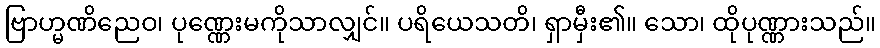
ဗြာဟ္မဏိညေဝ၊ ပုဏ္ဏေးမကိုသာလျှင်။ ပရိယေသတိ၊ ရှာမှီး၏။ သော၊ ထိုပုဏ္ဏားသည်။